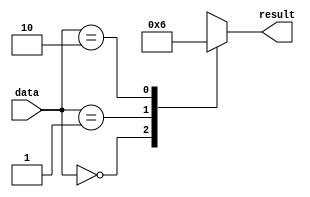
module dont_care_case(input [1:0] data,
                        output reg [1:0] result);

always @ (*) begin
    case (data)
        2'b00: result = 2'b00;
        2'b01: result = 2'b01;
        2'b10: result = 2'b10;
        default: result = 2'bx; // Handling "Don't care" case
    endcase
end

endmodule